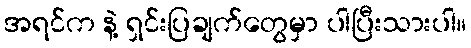
အရင်က နဲ့ ရှင်းပြချက်တွေမှာ ပါပြီးသားပါ။